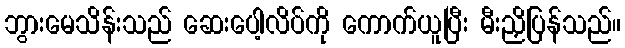
ဘွားမေသိန်းသည် ဆေးပေါ့လိပ်ကို ကောက်ယူပြီး မီးညှိပြန်သည်။